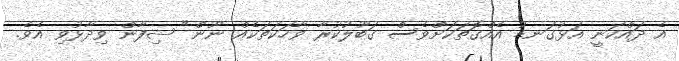
އެ ދައްކަނީ އަޅުގަނޑު އެއްގޮތަކަށްވެސް ގަބޫލުކުރާ ވާހަކަތަކެއް ނޫން" ޝިފާން ވިދާޅުވި އެވެ.